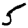
Digit: 5